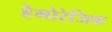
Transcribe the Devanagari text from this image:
हेमोरेजिक